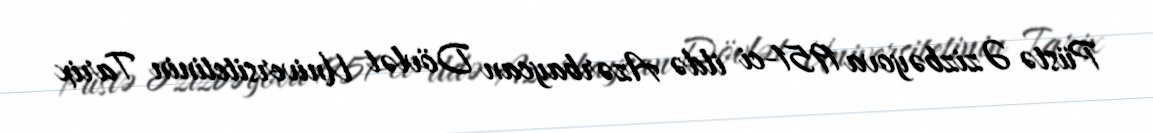
Püstə Əzizbəyova 1951-ci ildə Azərbaycan Dövlət Universitetinin Tarix